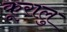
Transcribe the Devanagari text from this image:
कूरालु